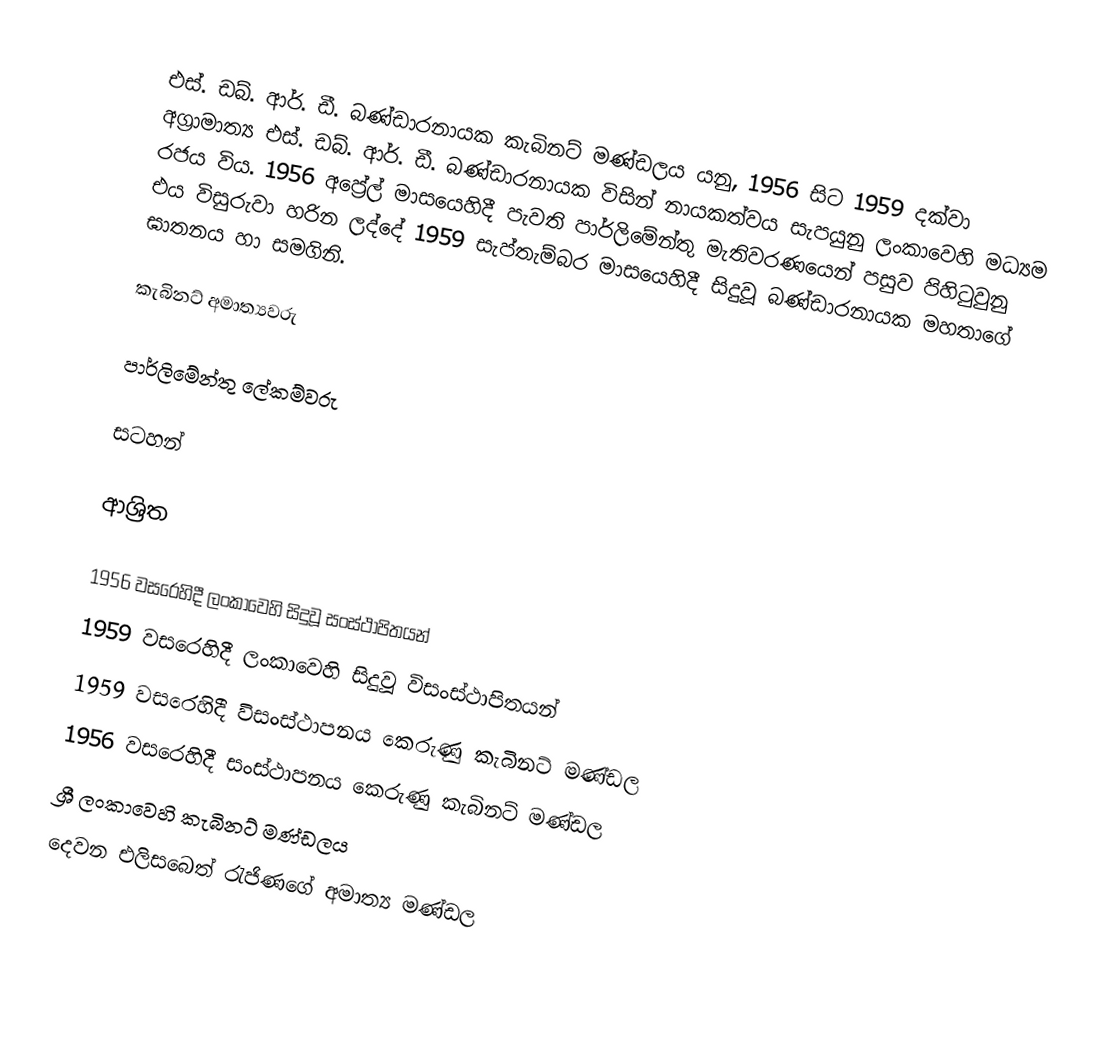
එස්. ඩබ්. ආර්. ඩී. බණ්ඩාරනායක කැබිනට් මණ්ඩලය යනු,  1956 සිට 1959 දක්වා අග්‍රාමාත්‍ය එස්. ඩබ්. ආර්. ඩී. බණ්ඩාරනායක  විසින් නායකත්වය සැපයුනු ලංකාවෙහි මධ්‍යම රජය විය. 1956 අප්‍රේල් මාසයෙහිදී පැවති පාර්ලිමේන්තු මැතිවරණයෙන් පසුව පිහිටුවුනු එය විසුරුවා හරින ලද්දේ 1959 සැප්තැම්බර මාසයෙහිදී සිදුවූ බණ්ඩාරනායක මහතාගේ ඝාතනය හා සමගිනි.

කැබිනට් අමාත්‍යවරු

පාර්ලිමේන්තු ලේකම්වරු

සටහන්

ආශ්‍රිත

1956 වසරෙහිදී ලංකාවෙහි සිදුවූ සංස්ථාපිතයන්
1959 වසරෙහිදී ලංකාවෙහි සිදුවූ විසංස්ථාපිතයන්
 1959 වසරෙහිදී විසංස්ථාපනය කෙරුණු කැබිනට් මණ්ඩල
 1956 වසරෙහිදී සංස්ථාපනය කෙරුණු කැබිනට් මණ්ඩල
ශ්‍රී ලංකාවෙහි කැබිනට් මණ්ඩලය
දෙවන එලිසබෙත් රැජිණගේ අමාත්‍ය මණ්ඩල